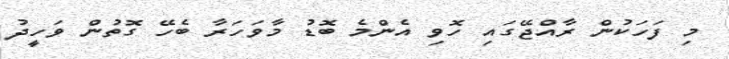
މި ފަހަކުން ރާއްޖޭގައި ހޮވި އެންމެ ބޮޑު މާވަހަރާ ބެހޭ ގޮތުން ވަހީދު